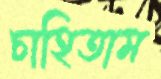
চাহিতাম